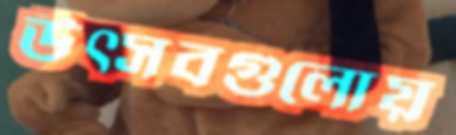
উত্সবগুলোয়